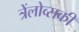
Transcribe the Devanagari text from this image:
त्रेंलोव्सकी